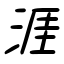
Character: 涯